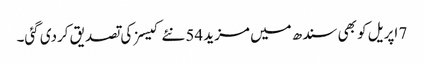
7 اپریل کو بھی سندھ میں مزید 54 نئے کیسز کی تصدیق کردی گئی۔